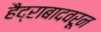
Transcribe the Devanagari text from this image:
हैद्राबादवरून